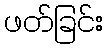
ဖတ်ခြင်း